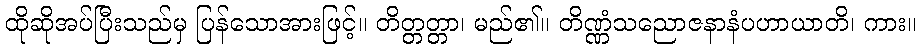
ထိုဆိုအပ်ပြီးသည်မှ ပြန်သောအားဖြင့်။ တိတ္တတ္တာ၊ မည်၏။ တိဏ္ဏံသညောဇနာနံပဟာယာတိ၊ ကား။